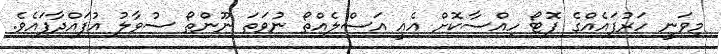
މިވަނީ ހަރުފައެއްގެ ފޮޓޯ ހިއްސާކޮށް އެއީ އަސްލެއްތޯ ނުވަތަ ނޫންތޯ ސުވާލު އުފައްދާފައެވެ.